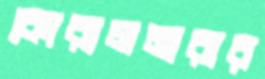
কোরালমারার